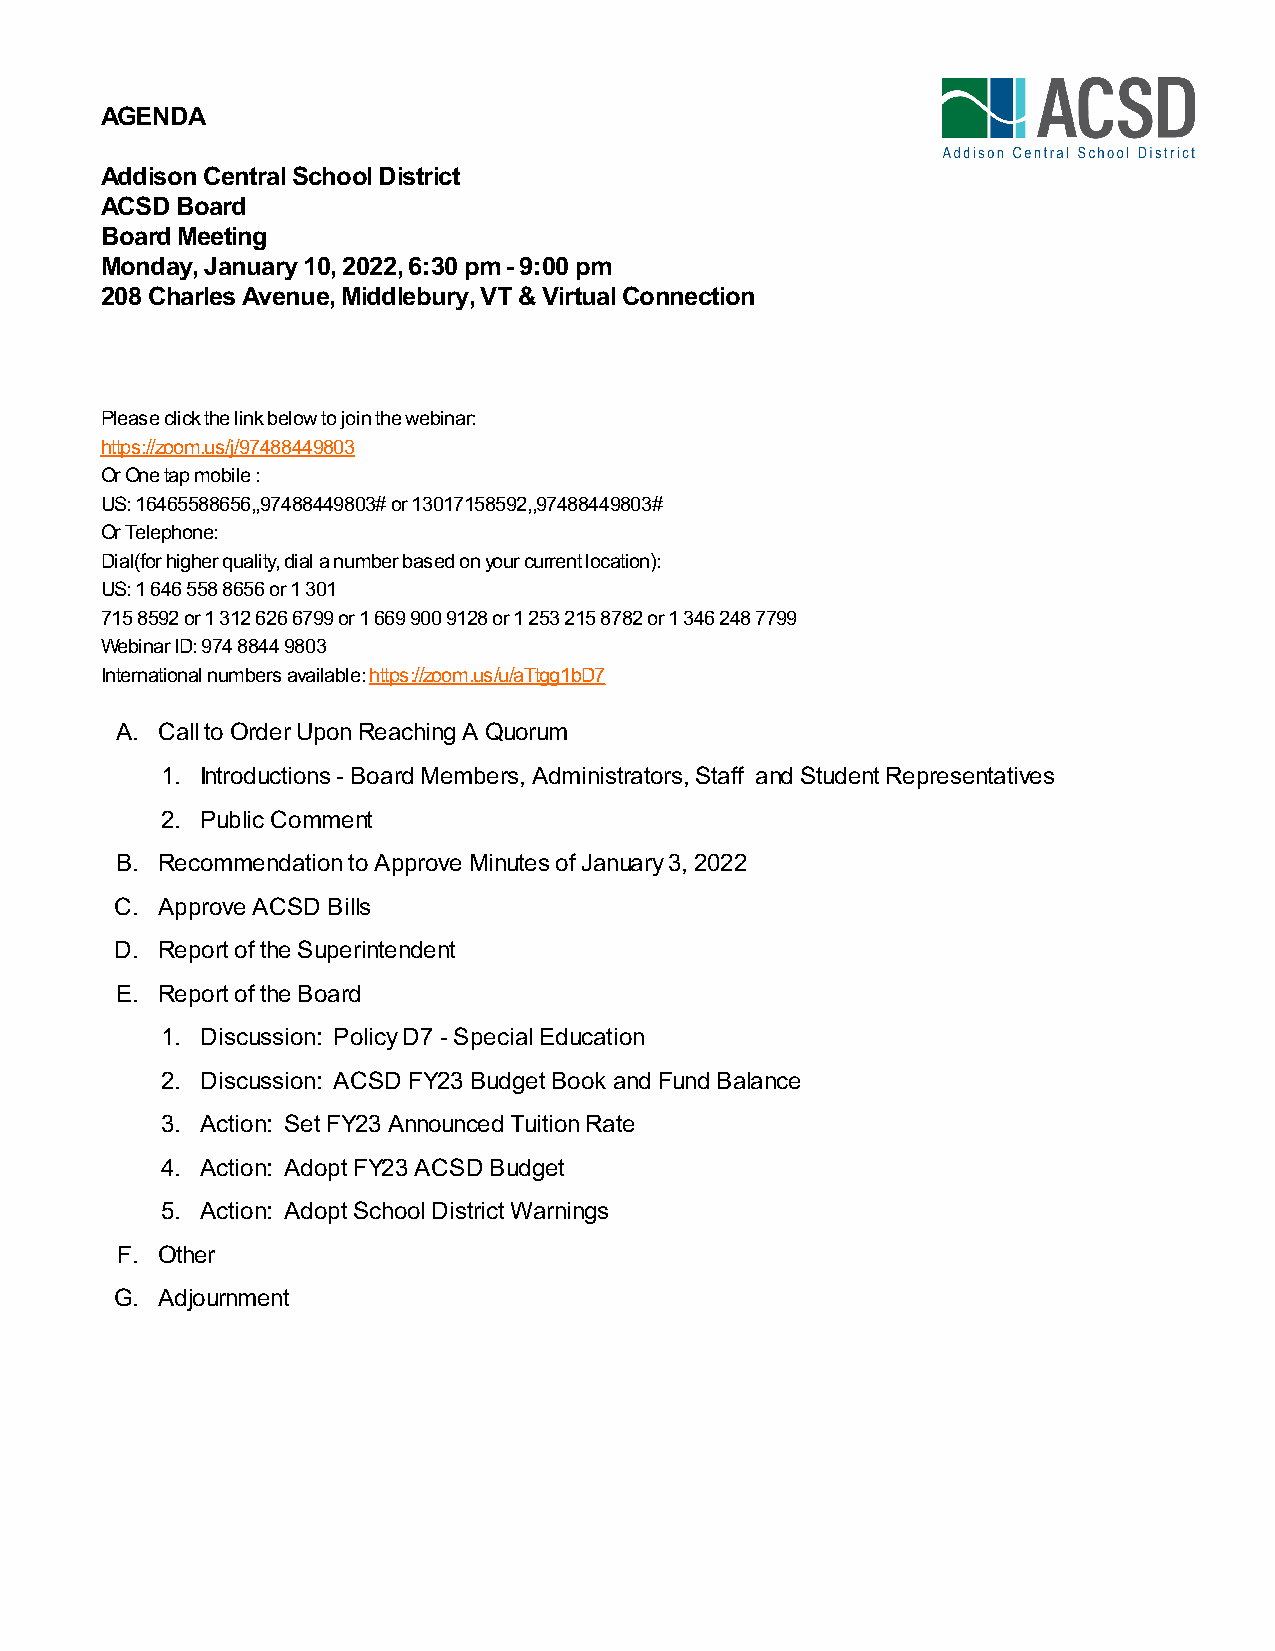
AGENDA
 Addison Central School District
 ACSD Board
 Board Meeting
 Monday, January 10, 2022, 6:30 pm - 9:00 pm
 208 Charles Avenue, Middlebury, VT & Virtual Connection
 Please click the link below to join the webinar:
 https://zoom.us/j/97488449803
 Or One tap mobile :
 US: 16465588656,,97488449803# or 13017158592,,97488449803#
 Or Telephone:
 Dial(for higher quality, dial a number based on your current location):
 US: 1 646 558 8656 or 1 301
 715 8592 or 1 312 626 6799 or 1 669 900 9128 or 1 253 215 8782 or 1 346 248 7799
 Webinar ID: 974 8844 9803
 International numbers available: https://zoom.us/u/aTtgg1bD7
 A. Call to Order Upon Reaching A Quorum
 1. Introductions - Board Members, Administrators, Staff and Student Representatives
 2. Public Comment
 B. Recommendation to Approve Minutes of January 3, 2022
 C. Approve ACSD Bills
 D. Report of the Superintendent
 E. Report of the Board
 1. Discussion: Policy D7 - Special Education
 2. Discussion: ACSD FY23 Budget Book and Fund Balance
 3. Action: Set FY23 Announced Tuition Rate
 4. Action: Adopt FY23 ACSD Budget
 5. Action: Adopt School District Warnings
 F. Other
 G. Adjournment